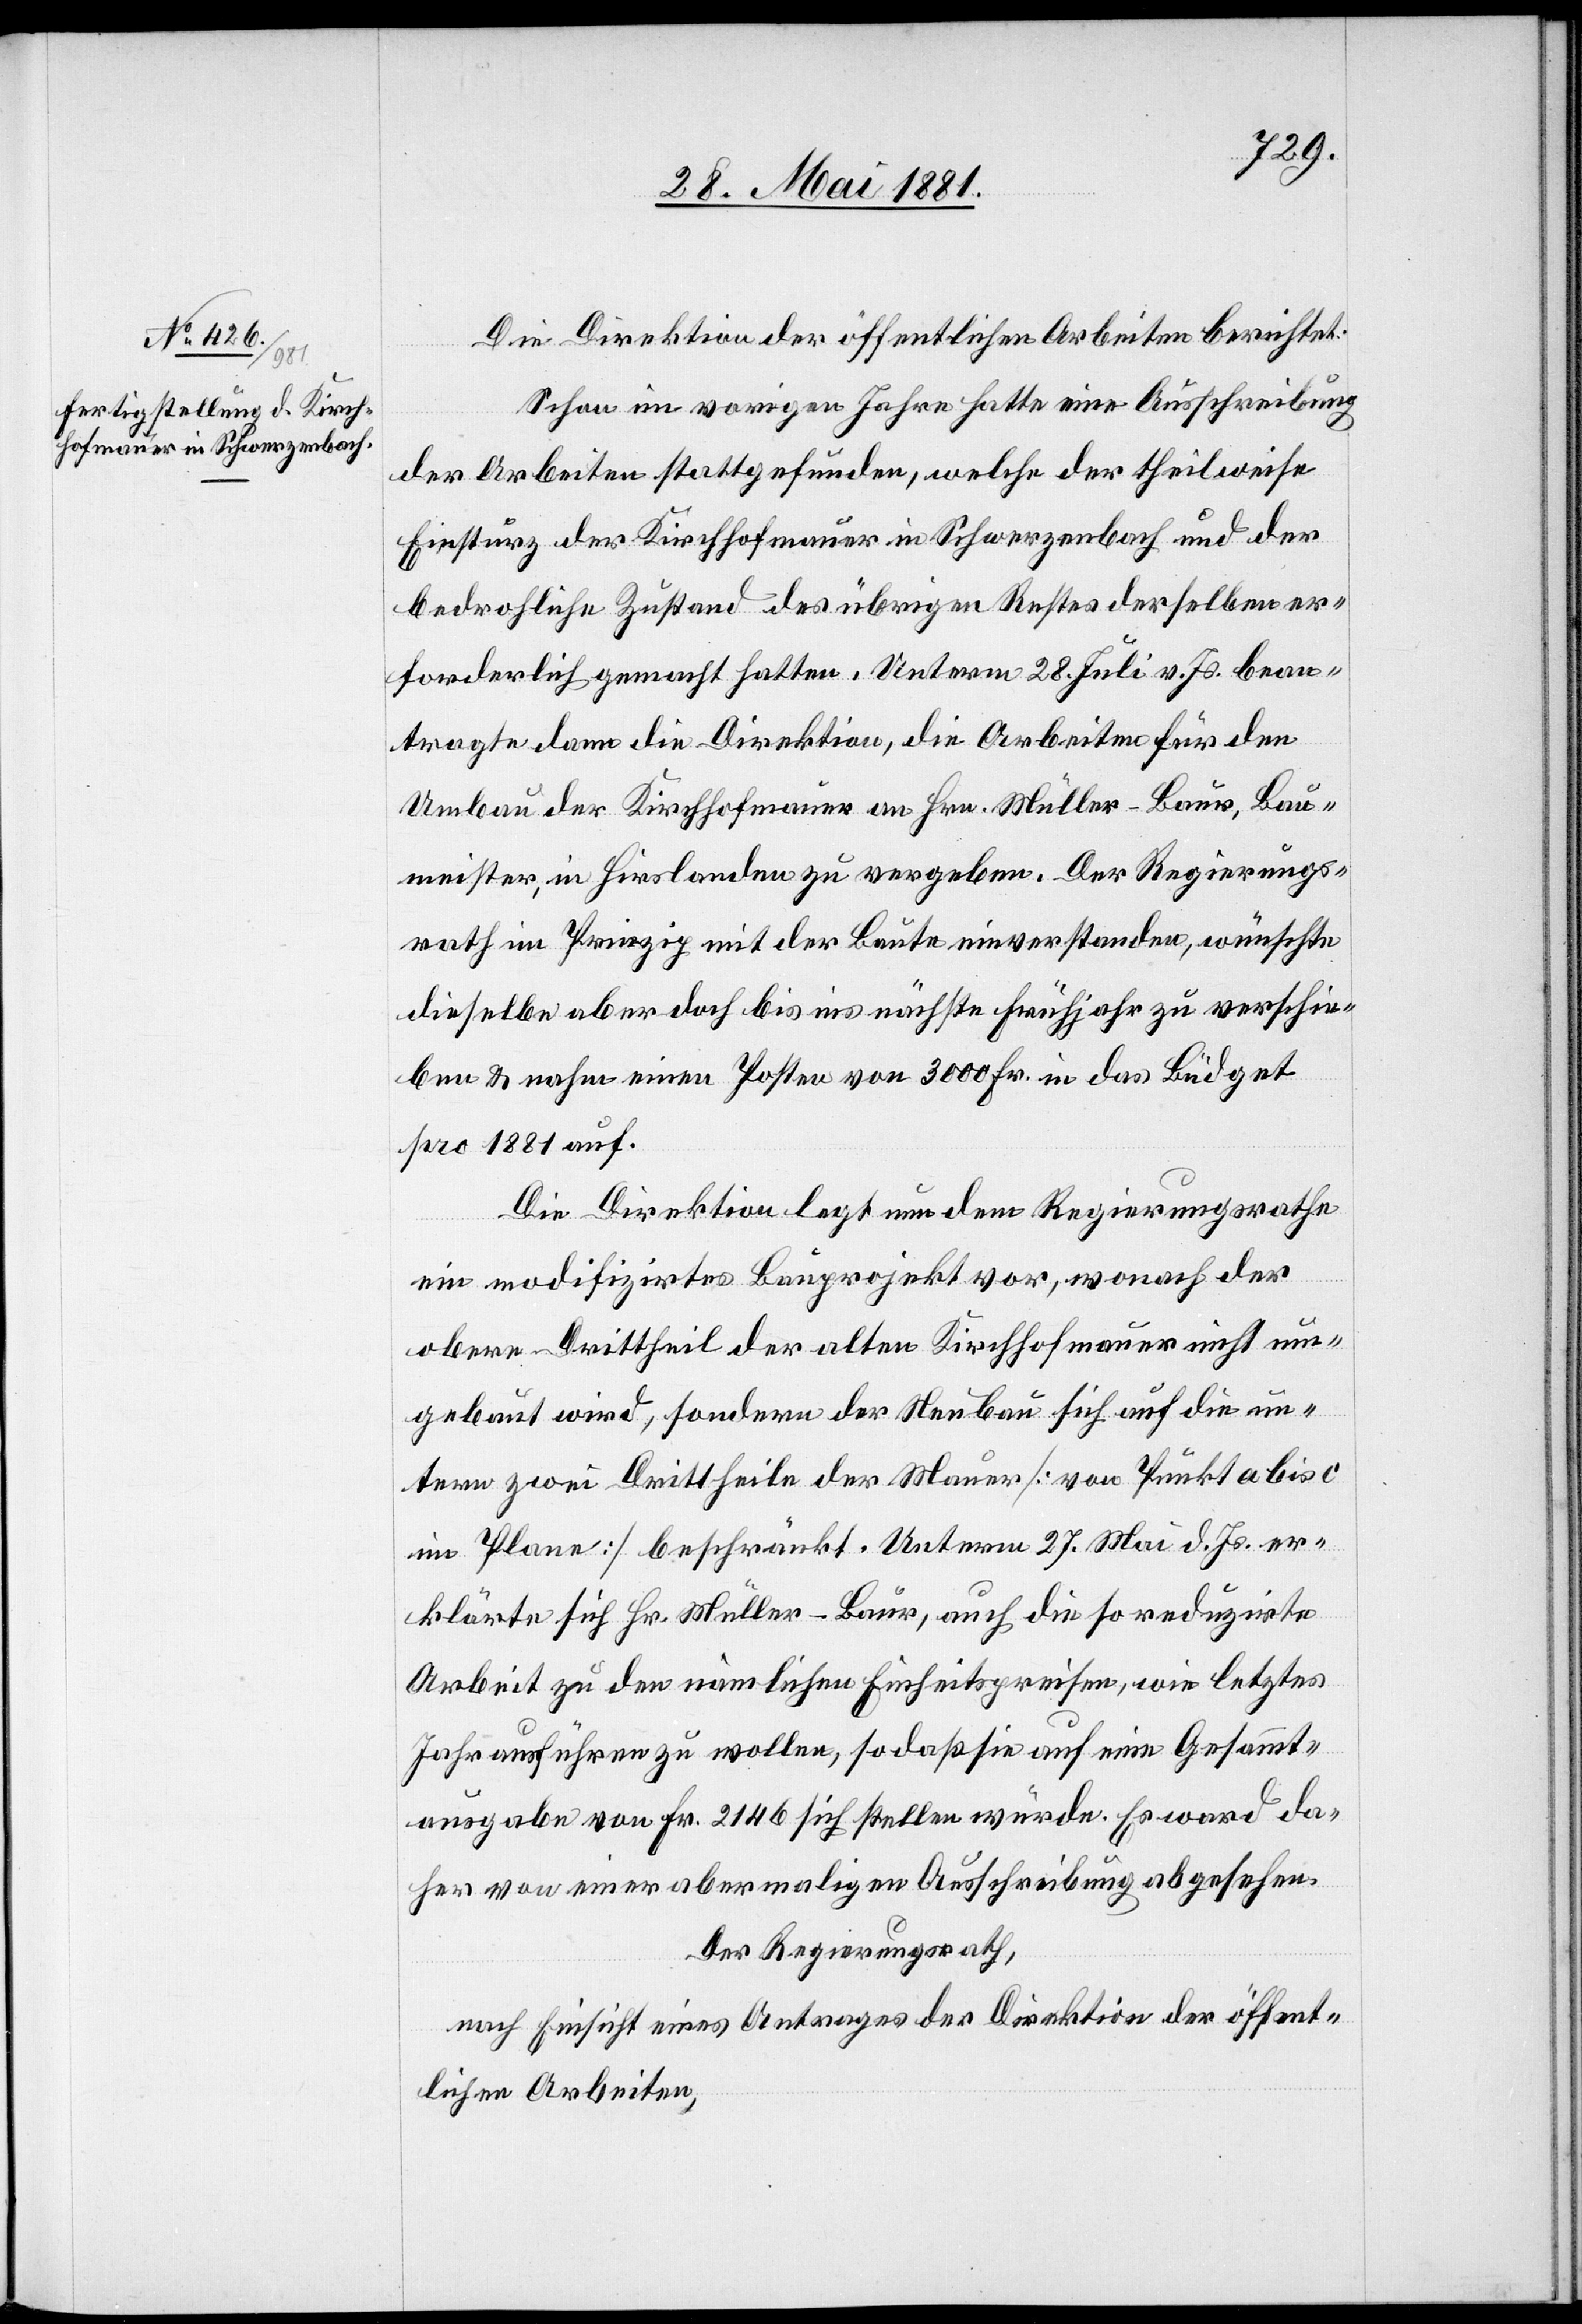
Die Direktion der öffentlichen Arbeiten berichtet:
Schon im vorigen Jahre hatte eine Ausschreibung
der Arbeiten stattgefunden, welche der theilweise
Einsturz der Kirchhofmauer in Schwerzenbach und der
bedrohliche Zustand des übrigen Restes derselben er¬
forderlich gemacht hatten. Unterm 28. Juli v. Js. bean¬
tragte dann die Direktion, die Arbeiten für den
Umbau der Kirchhofmauer an Hrn. Müller-Baur, Bau¬
meister, in Hirslanden zu vergeben. Der Regierungs¬
rath im Prinzip mit der Baute einverstanden, wünschte
dieselbe aber doch bis ins nächste Frühjahr zu verschie¬
ben & nahm einen Posten von 3000 Fr. in das Büdget
pro 1881 auf.
Die Direktion legt nun dem Regierungsrathe
ein modifizirtes Bauprojekt vor, wonach der
obere Drittheil der alten Kirchhofmauer nicht neu
gebaut wird, sondern der Neubau sich auf die un¬
tern zwei Drittheile der Mauer [von Punkt a bis c
im Plane] beschränkt. Unterm 27. Mai d. Js. er¬
klärte sich Hr. Müller-Baur, auch die so reduzirte
Arbeit zu den nämlichen Einheitspreisen, wie letztes
Jahr ausführen zu wollen, so daß sie auf eine Gesammt¬
ausgabe von Fr. 2146 sich stellen würde. Es ward da¬
her von einer abermaligen Ausschreibung abgesehen.
Der Regierungsrath,
nach Einsicht eines Antrages der Direktion der öffent¬
lichen Arbeiten,